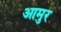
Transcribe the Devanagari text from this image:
आमुर